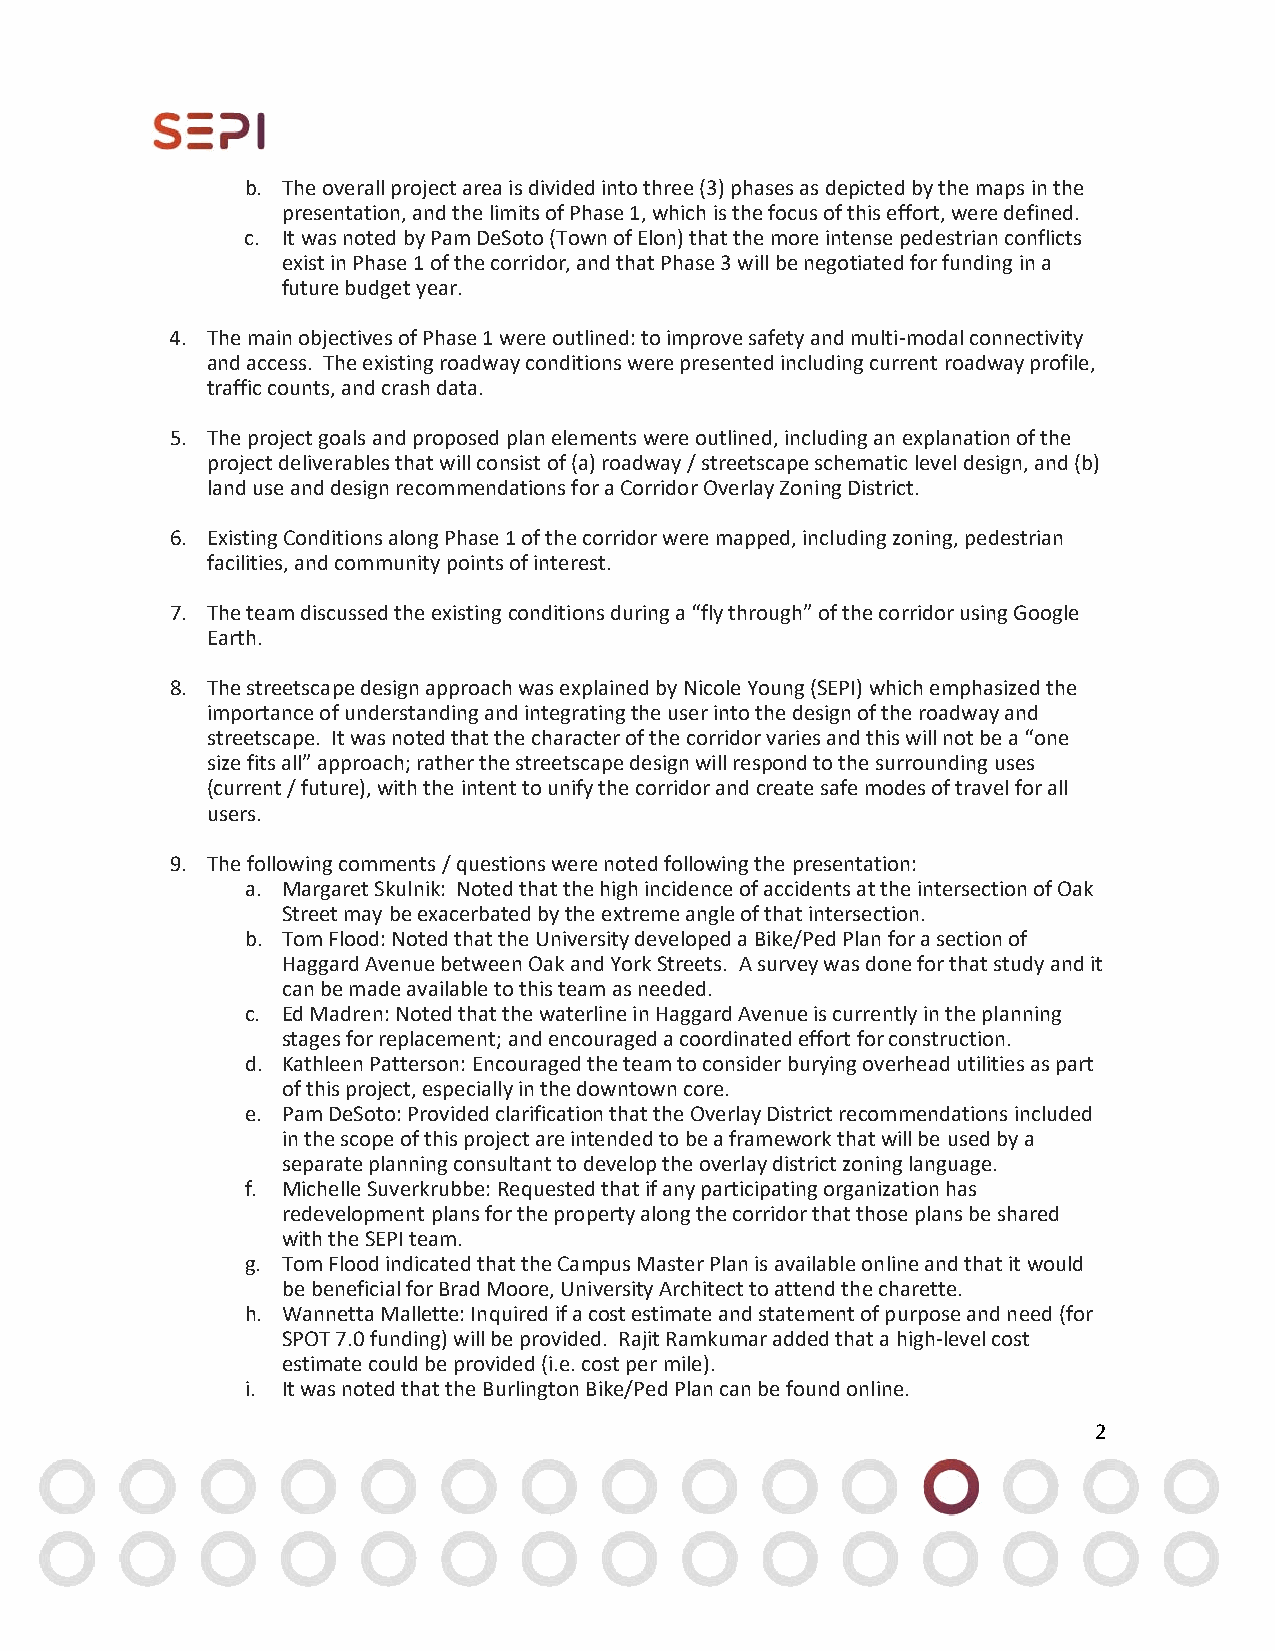
b. The overall project area is divided into three (3) phases as depicted by the maps in the
 presentation, and the limits of Phase 1, which is the focus of this effort, were defined.
 c. It was noted by Pam DeSoto (Town of Elon) that the more intense pedestrian conflicts
 exist in Phase 1 of the corridor, and that Phase 3 will be negotiated for funding in a
 future budget year.
 4. The main objectives of Phase 1 were outlined: to improve safety and multi‐modal connectivity
 and access. The existing roadway conditions were presented including current roadway profile,
 traffic counts, and crash data.
 5. The project goals and proposed plan elements were outlined, including an explanation of the
 project deliverables that will consist of (a) roadway / streetscape schematic level design, and (b)
 land use and design recommendations for a Corridor Overlay Zoning District.
 6. Existing Conditions along Phase 1 of the corridor were mapped, including zoning, pedestrian
 facilities, and community points of interest.
 7. The team discussed the existing conditions during a “fly through” of the corridor using Google
 Earth.
 8. The streetscape design approach was explained by Nicole Young (SEPI) which emphasized the
 importance of understanding and integrating the user into the design of the roadway and
 streetscape. It was noted that the character of the corridor varies and this will not be a “one
 size fits all” approach; rather the streetscape design will respond to the surrounding uses
 (current / future), with the intent to unify the corridor and create safe modes of travel for all
 users.
 9. The following comments / questions were noted following the presentation:
 a. Margaret Skulnik: Noted that the high incidence of accidents at the intersection of Oak
 Street may be exacerbated by the extreme angle of that intersection.
 b. Tom Flood: Noted that the University developed a Bike/Ped Plan for a section of
 Haggard Avenue between Oak and York Streets. A survey was done for that study and it
 can be made available to this team as needed.
 c. Ed Madren: Noted that the waterline in Haggard Avenue is currently in the planning
 stages for replacement; and encouraged a coordinated effort for construction.
 d. Kathleen Patterson: Encouraged the team to consider burying overhead utilities as part
 of this project, especially in the downtown core.
 e. Pam DeSoto: Provided clarification that the Overlay District recommendations included
 in the scope of this project are intended to be a framework that will be used by a
 separate planning consultant to develop the overlay district zoning language.
 f. Michelle Suverkrubbe: Requested that if any participating organization has
 redevelopment plans for the property along the corridor that those plans be shared
 with the SEPI team.
 g. Tom Flood indicated that the Campus Master Plan is available online and that it would
 be beneficial for Brad Moore, University Architect to attend the charette.
 h. Wannetta Mallette: Inquired if a cost estimate and statement of purpose and need (for
 SPOT 7.0 funding) will be provided. Rajit Ramkumar added that a high‐level cost
 estimate could be provided (i.e. cost per mile).
 i. It was noted that the Burlington Bike/Ped Plan can be found online.
 2